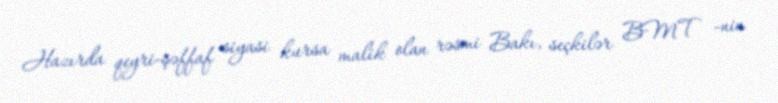
Hazırda qeyri-şəffaf siyasi kursa malik olan rəsmi Bakı, seçkilər BMT -nin